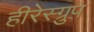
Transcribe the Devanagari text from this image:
हीरेस्ग्रुप